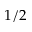
1 / 2